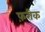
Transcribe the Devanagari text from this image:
फ़रीक